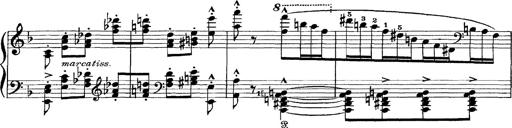
Title: Scherzo und Marsch
Composer: Franz Liszt